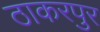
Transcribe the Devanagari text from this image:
ठाकरपुर